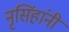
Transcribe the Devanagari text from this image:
नृसिंहांनी